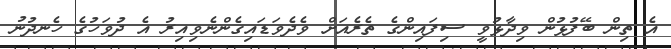
އެ ތިން ބޭފުޅުން ވިދާޅުވީ ސިފައިންގެ ތެރެއަށް ވެދެވަޑައިގެންނެވިއިރު އެ ދުވަހުގެ ހެނދުނު